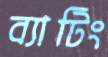
ব্যাটিং